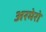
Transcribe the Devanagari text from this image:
अरमेरो